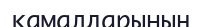
қамалдарының